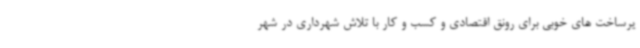
یرساخت های خوبی برای رونق اقتصادی و کسب و کار با تلاش شهرداری در شهر